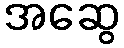
အဆွေ